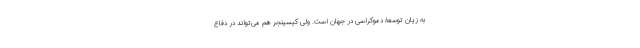
به زیان توسعۀ دموکراسی در جهان است. ولی کیسینجر هم می‌تواند در دفاع